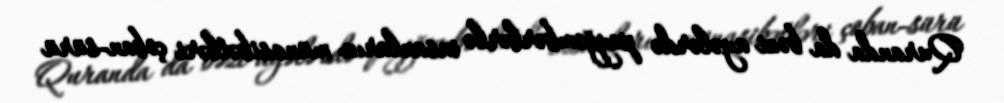
Quranda da bəzi ayələrdə peyğəmbərlərlə insanların münasibətləri çoban-sürü